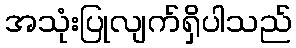
အသုံးပြုလျက်ရှိပါသည်